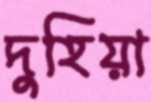
দুহিয়া